Lunatic asylums in Bengal annual reports 1888-1898 - 1888-1898
Year: 1888
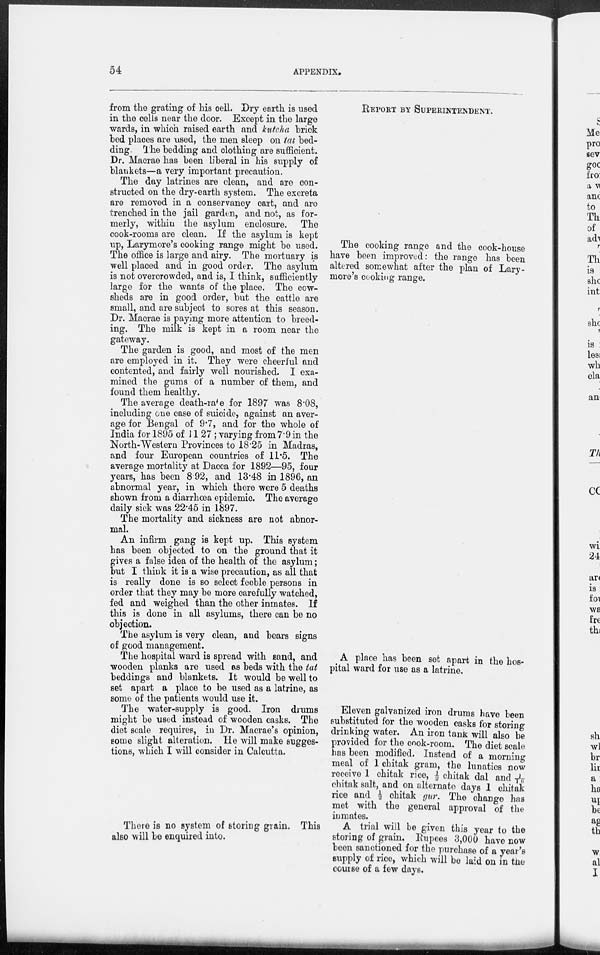
54
APPENDIX.
from the grating of his cell. Dry earth is used
in the cells near the door. Except in the large
wards, in which raised earth and kutcha brick
bed places are used, the men sleep on tat bed-
ding. The bedding and clothing are sufficient.
Dr. Macrae has been liberal in his supply of
blankets—a very important precaution.
The day latrines are clean, and are con-
structed on the dry-earth system. The excreta
are removed in a conservancy cart, and are
trenched in the jail garden, and not, as for-
merly, within the asylum enclosure. The
cook-rooms are clean. If the asylum is kept
up, Larymore's cooking range might be used.
The office is large and airy. The mortuary is
well placed and in good order. The asylum
is not overcrowded, and is, I think, sufficiently
large for the wants of the place. The cow-
sheds are in good order, but the cattle are
small, and are subject to sores at this season.
Dr. Macrae is paying more attention to breed-
ing. The milk is kept in a room near the
gateway.
The garden is good, and most of the men
are employed in it. They were cheerful and
contented, and fairly well nourished. I exa-
mined the gums of a number of them, and
found them healthy.
The average death-rate for 1897 was 8.08,
including one case of suicide, against an aver-
age for Bengal of 9.7, and for the whole of
India for 1895 of 11.27 ; varying from 7.9 in the
North-Western Provinces to 18.25 in Madras,
and four European countries of 11.5. The
average mortality at Dacca for 1892—95, four
years, has been 8.92, and 13.48 in 1896, an
abnormal year, in which there were 5 deaths
shown from a diarrhœa epidemic. The average
daily sick was 22.45 in 1897.
The mortality and sickness are not abnor-
mal.
An infirm gang is kept up. This system
has been objected to on the ground that it
gives a false idea of the health of the asylum;
but I think it is a wise precaution, as all that
is really done is so select feeble persons in
order that they may be more carefully watched,
fed and weighed than the other inmates. If
this is done in all asylums, there can be no
objection.
The asylum is very clean, and bears signs
of good management.
The hospital ward is spread with sand, and
wooden planks are used as beds with the tat
beddings and blankets. It would be well to
set apart a place to be used as a latrine, as
some of the patients would use it.
The water-supply is good. Iron drums
might be used instead of wooden casks. The
diet scale requires, in Dr. Macrae's opinion,
some slight alteration. He will make sugges-
tions, which I will consider in Calcutta.
There is no system of storing grain. This
also will be enquired into.
REPORT BY SUPERINTENDENT.
The cooking range and the cook-house
have been improved: the range has been
altered somewhat after the plan of Lary-
more's cooking range.
A place has been set apart in the hos-
pital ward for use as a latrine.
Eleven galvanized iron drums have been
substituted for the wooden casks for storing
drinking water. An iron tank will also be
provided for the cook-room. The diet scale
has been modified. Instead of a morning
meal of 1 chitak gram, the lunatics now
receive 1 chitak rice, ½ chitak dal and 1/16
chitak salt, and on alternate days 1 chitak
rice and ½ chitak gur. The change has
met with the general approval of the
inmates.
A trial will be given this year to the
storing of grain. Rupees 3,000 have now
been sanctioned for the purchase of a year's
supply of rice, which will be laid on in the
course of a few days.